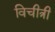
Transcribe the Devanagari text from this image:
विचीत्री